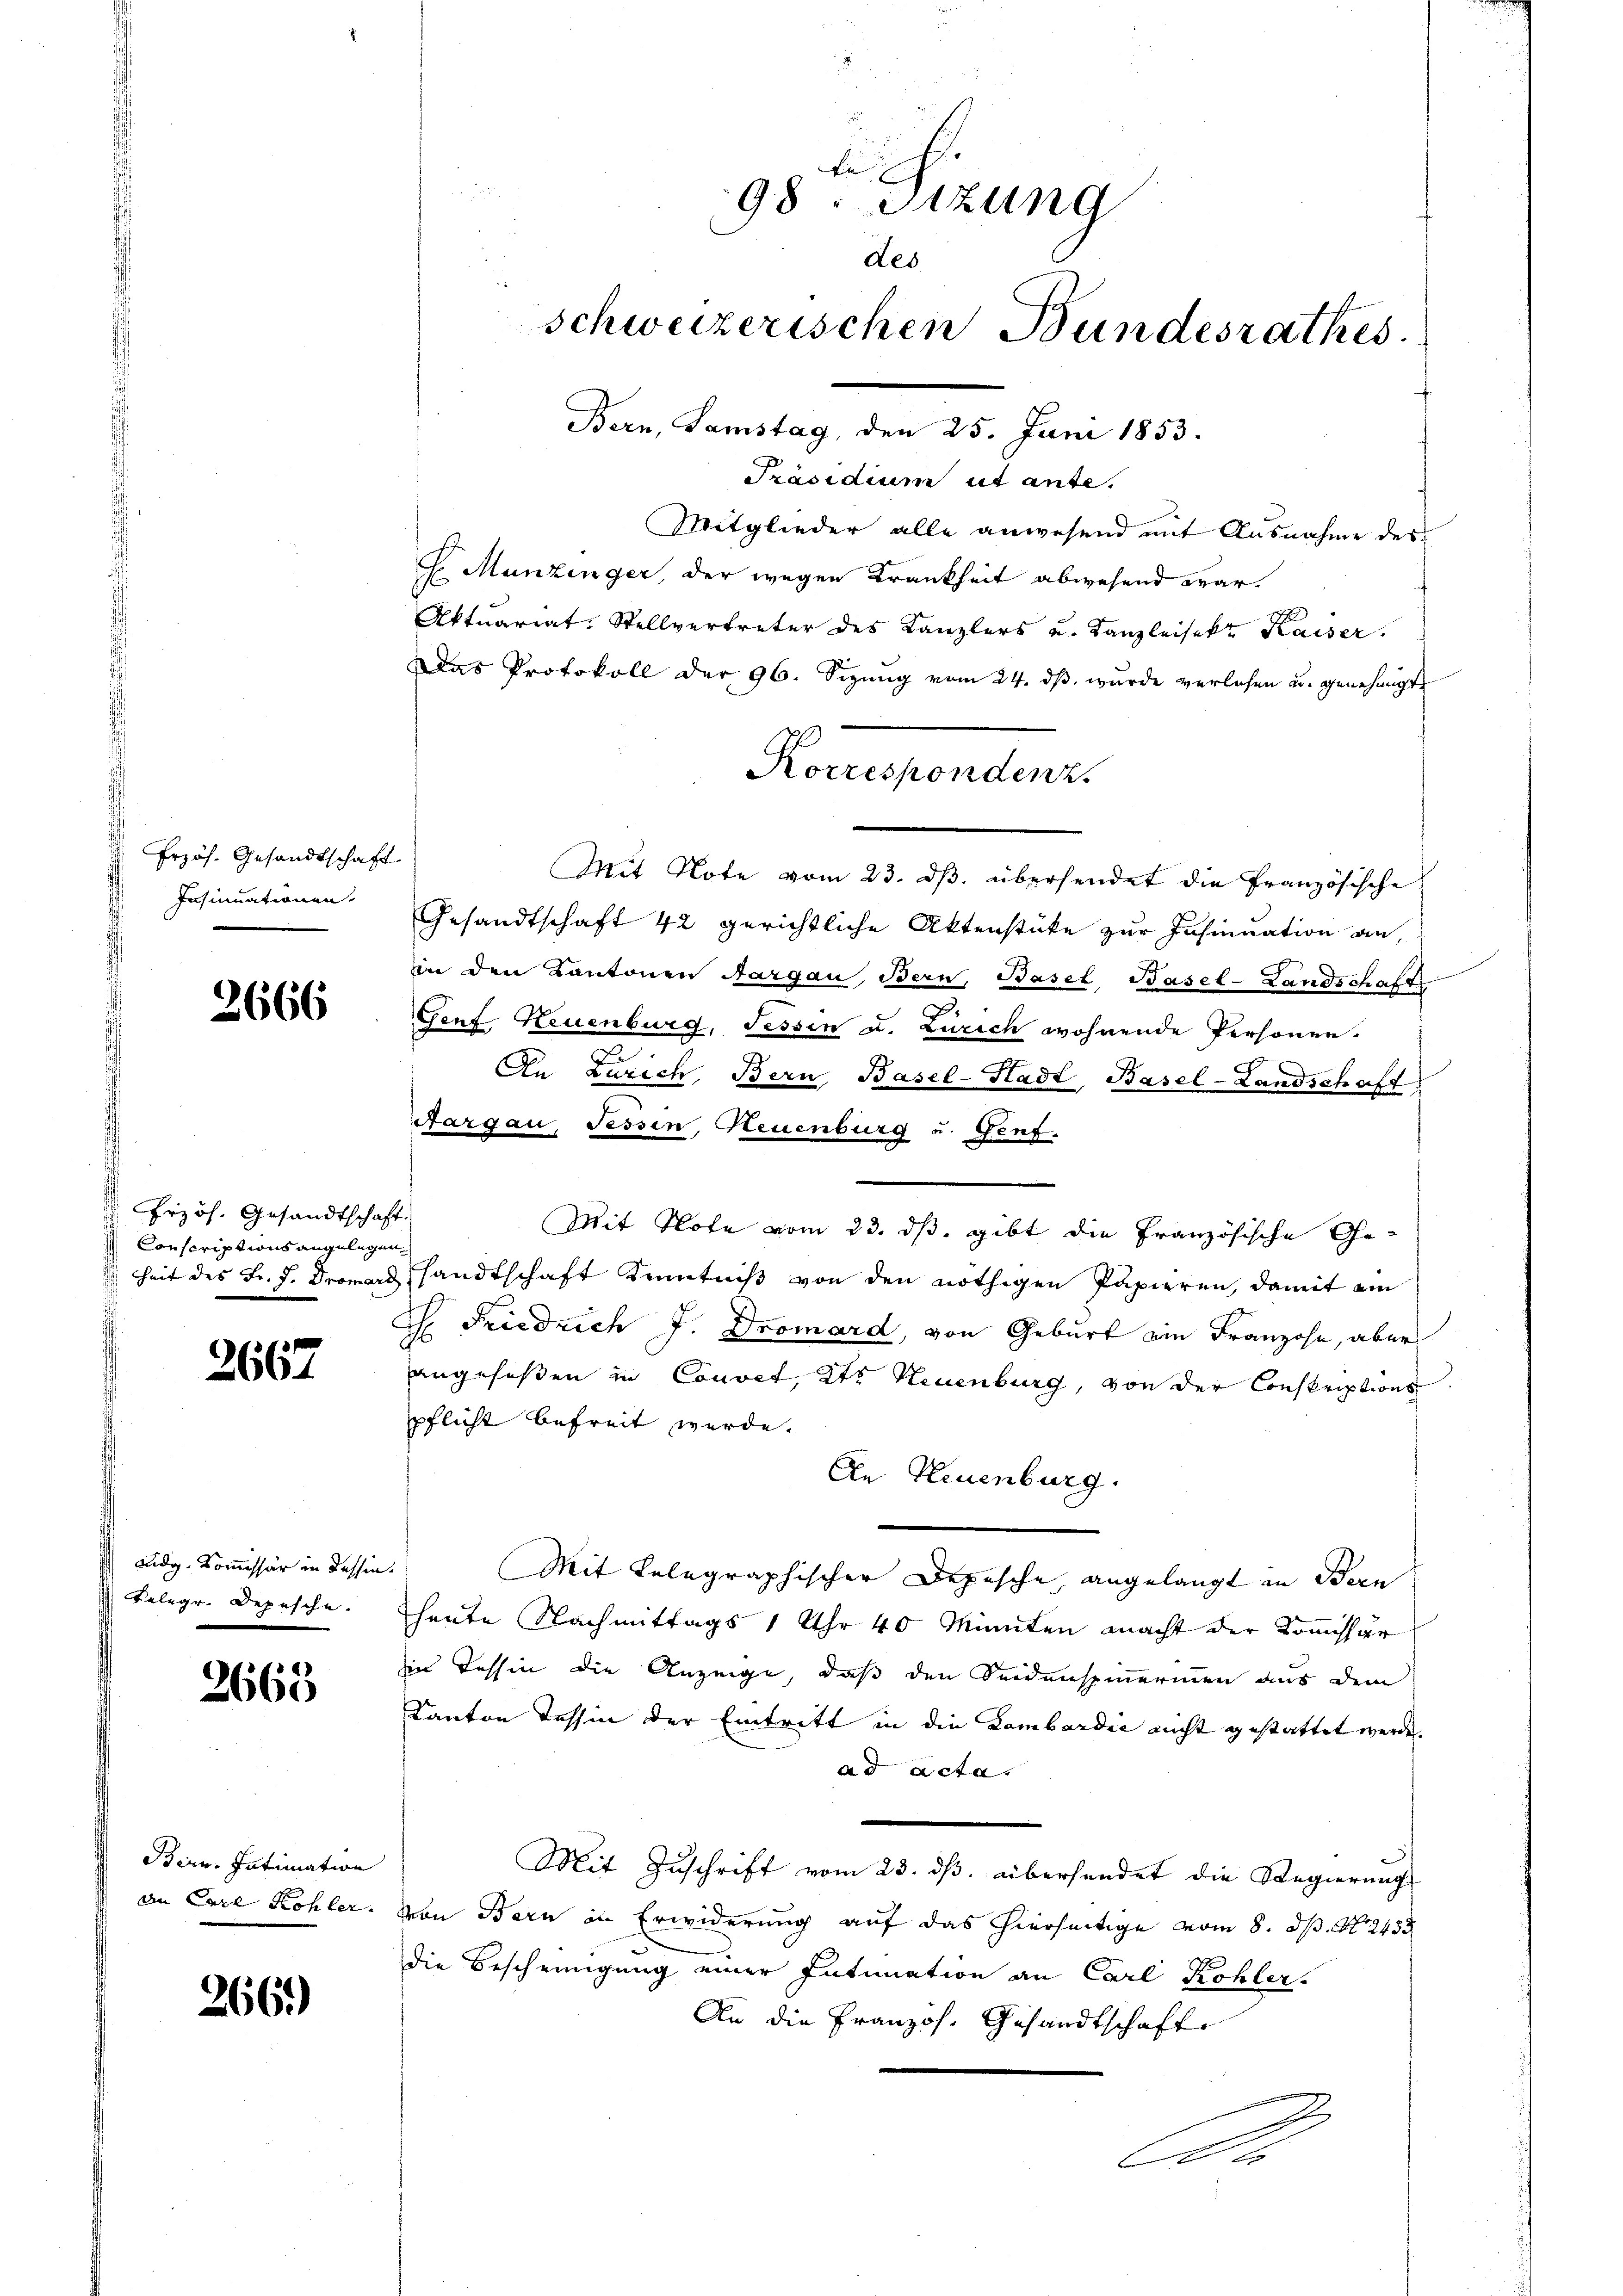
Przös. Gesandtschaft
Insinuationen.

2666

s
Erzös. Gesandtschaft.
Conscriptionsangelegen

2667

Ludy-Kommissär in dessen.
Selegr. Depesche.

2668

Birn. Intimation
an Carl Kohler.

2669)

98. Sitzung
des
schweizerischen Bundesrathes.
Bern, Samstag, den 25. Juni 1853.

Präsidium ut ante.
Mitglieder alle anwesend mit Ausnahme des
 Munzinger, der wegen Krankheit abwesend war.
Aktuariat. Stellvertreter des Kanzlers u. Kanzleisekt Kaiser.
Das Protokoll der 96. Sizŭng vom 24. dβ. wurde verlesen u. genehmigt
Mit Note vom 23. dβ. übersendet die Französische
Gesandtschaft 42 gerichtliche Aktenstücke zur Insinuation an,
in den Kantonen Aargau, Bern, Basel, Basel-Landschaft
.
.
Genf, Neuenburg, Tessin u. Zürich wohnende Personen.
n
An Zürich, Bern Basel-Stadt, Basel-Landschaft
Aargau, Tessin, Neuenburg u. Genf.
Mit Note vom 23. ds. gibt die Französische Ge¬
 heit des Fr. J. Dromers sandtschaft Kenntniß von den nöthigen Papieren, damit ein
Ch. Friedrich J. Dromard, von Geburt ein Franzohn, aber
angeseßen in Convet, 2tr Neuenburg, von der Conskriptions.
pflicht befreit werde.
An Neuenburg.
Mit Telegraphischer Depesche, angelangt in Bern
heute Nachmittags 1 Uhr 40 Minuten macht der Kommissär
in Tessin die Anzeige, daß den Seidenspinnerinnen aus dem
Kanton Tessin der Eintritt in die Lombardić nicht gestattet werde.
ad acta.
Mit Zuschrift vom 23. ds. übersendet die Regierung
von Bern in Erwiderung auf das hierseitige vom 8. d. M. 243.
die Bescheinigung einer Intimation an Carl Kohler.
An die Französ. Gesandtschaft
C

Korrespondenz.